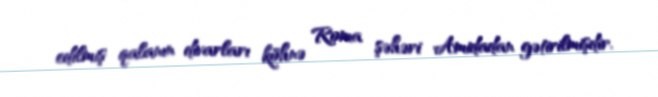
edilmiş qalanın divarları köhnə Roma şəhəri Amidadan gətirilmişdir.